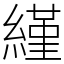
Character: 䌍